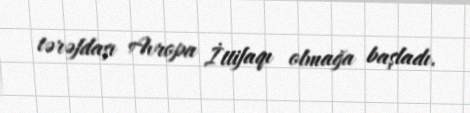
tərəfdaşı Avropa İttifaqı olmağa başladı.